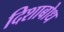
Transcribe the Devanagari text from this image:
दिशाबोध